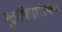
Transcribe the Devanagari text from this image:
मूत्रपिंडारोपण